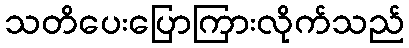
သတိပေးပြောကြားလိုက်သည်